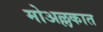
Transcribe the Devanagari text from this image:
मोअल्लकात